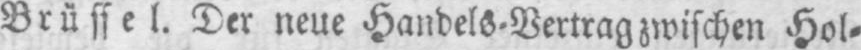
Brüssel. Der neue Handels⸗Vertrag zwischen Hol⸗